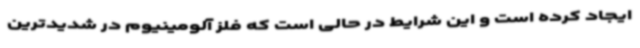
ایجاد کرده است و این شرایط در حالی است که فلز آلومینیوم در شدیدترین